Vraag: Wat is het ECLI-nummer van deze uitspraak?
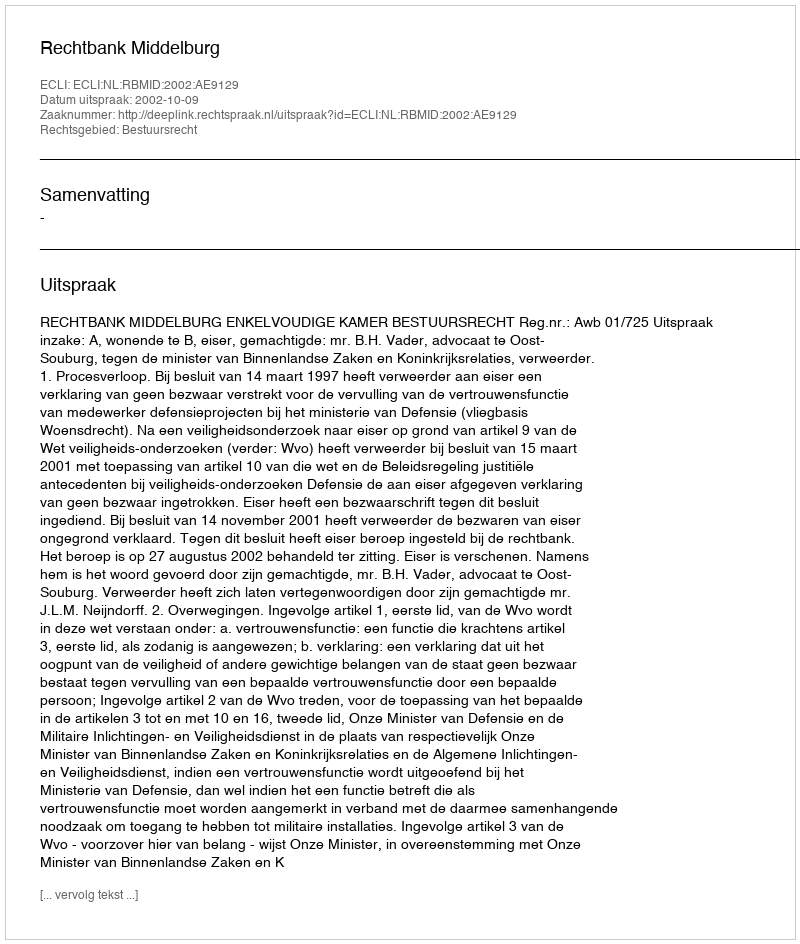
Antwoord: ECLI:NL:RBMID:2002:AE9129